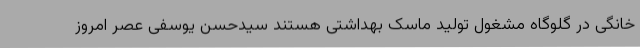
خانگی در گلوگاه مشغول تولید ماسک بهداشتی هستند سیدحسن یوسفی عصر امروز